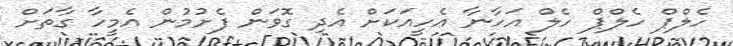
ހެލްޕް ހެލްޕް ހެލް އަހާނާ އެހީއަކަށް އެދި ގޮވަން ފެށުމުން އެމީހާ ގާތަށް